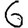
Digit: 6